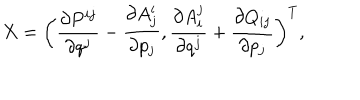
X = \bigg ( \frac { \partial P ^ { i j } } { \partial q ^ { j } } - \frac { \partial A _ { j } ^ { i } } { \partial p _ { j } } , \frac { \partial A _ { i } ^ { j } } { \partial q ^ { j } } + \frac { \partial Q _ { i j } } { \partial p _ { j } } \bigg ) ^ { T } ,